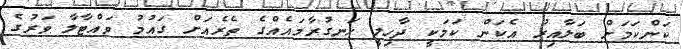
ކަންކަމަށް ބަލާއިރު އެކަން ކަމަކީ ދާހިލީ ހަނގުރާމައެއްގެ ތެރެއަށް ގައުމު ވައްޓާލާ ވަރުގެ